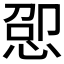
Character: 𫺕